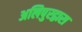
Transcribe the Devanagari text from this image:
अलिपुरद्वारा